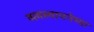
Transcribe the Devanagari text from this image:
व्यवस्थापनेच्या